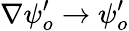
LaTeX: \nabla\psi_{o}^{\prime}\rightarrow\psi_{o}^{\prime}